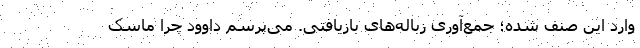
وارد این صنف شده؛ جمع‌آوری زباله‌های بازیافتی. می‌پرسم داوود چرا ماسک